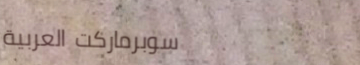
سوبرماركت العربية